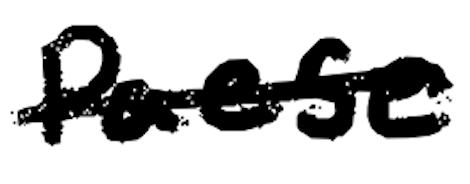
Text: Paese
Cross-out: single-line
Writing tool: digital_black